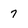
Character: 7